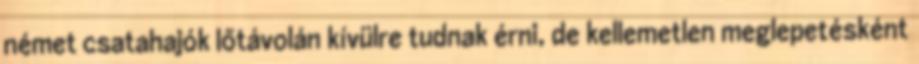
német csatahajók lőtávolán kívülre tudnak érni, de kellemetlen meglepetésként